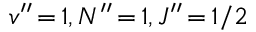
v ^ { \prime \prime } \, { = } \, 1 , N ^ { \prime \prime } \, { = } \, 1 , J ^ { \prime \prime } \, { = } \, 1 / 2